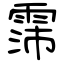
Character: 霈